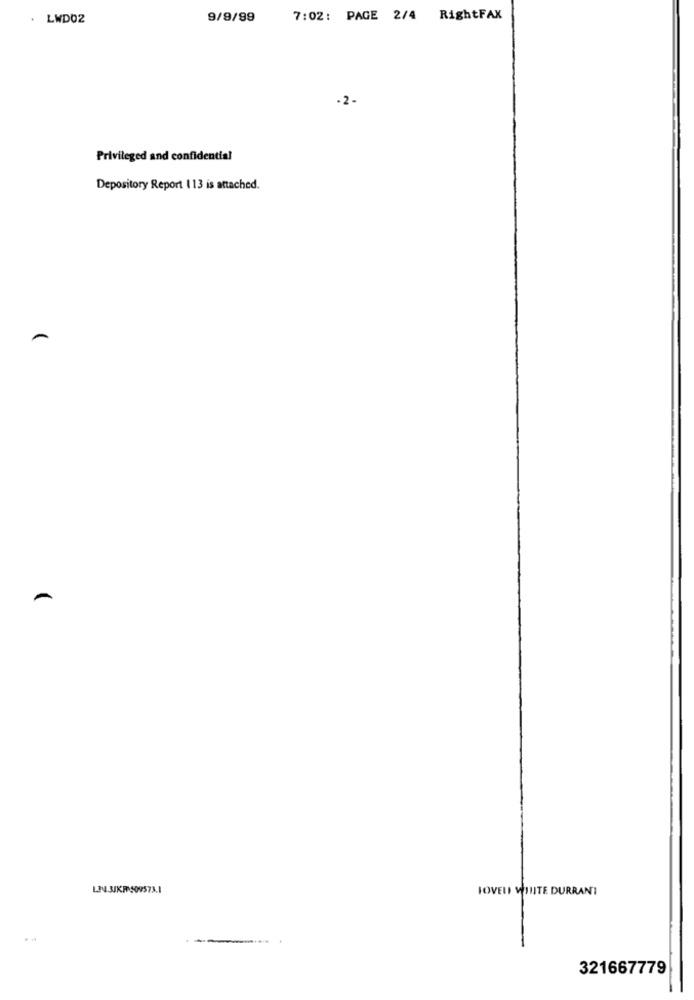
LWD02
9/9/99
7:02: PAGE 2/4 RightFAX
-2-
Privileged and confidential
Depository Report 113 is attached.
LI.3IKF509573.1
IOVELI VOUTE DURRANT
321667779